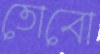
তোবো